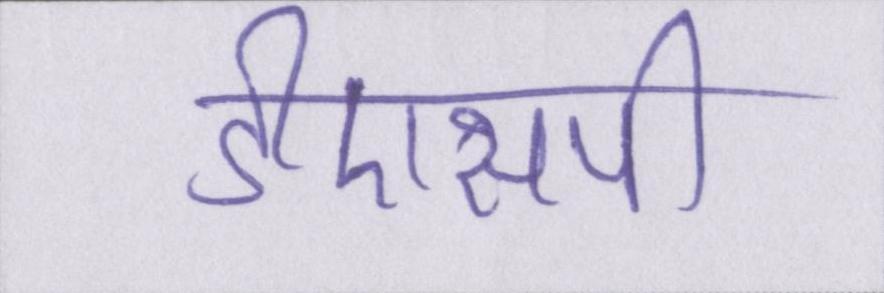
डीएसपी